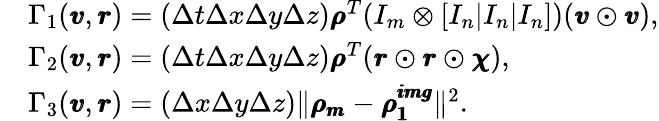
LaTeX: \begin{array}{rl}&{\Gamma_{1}(\pmb{v},\pmb{r})=(\Delta t\Delta x\Delta y\Delta z)\pmb{\rho}^{T}(I_{m}\otimes[I_{n}|I_{n}|I_{n}])(\pmb{v}\odot\pmb{v}),}\\ &{\Gamma_{2}(\pmb{v},\pmb{r})=(\Delta t\Delta x\Delta y\Delta z)\pmb{\rho}^{T}(\pmb{r}\odot\pmb{r}\odot\pmb{\chi}),}\\ &{\Gamma_{3}(\pmb{v},\pmb{r})=(\Delta x\Delta y\Delta z)\| \pmb{\rho_{m}}-\pmb{\rho_{1}^{img}}\| ^{2}.}\end{array}